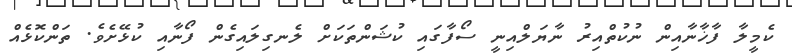
ކެމީލާ ފާޚާނާއިން ނުކުތްއިރު ނާޔަލްއިނީ ސޯފާގައި ކުޝަންތަކަށް ލެނގިލައިގެން ފޯނާއި ކުޅޭށެވެ. ތަންކޮޅެއް